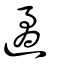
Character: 遹